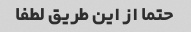
حتما از این طریق لطفا